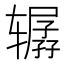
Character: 𰺞